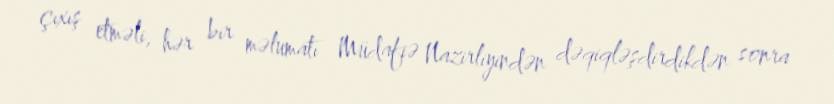
çıxış etməli, hər bir məlumatı Müdafiə Nazirliyindən dəqiqləşdirdikdən sonra